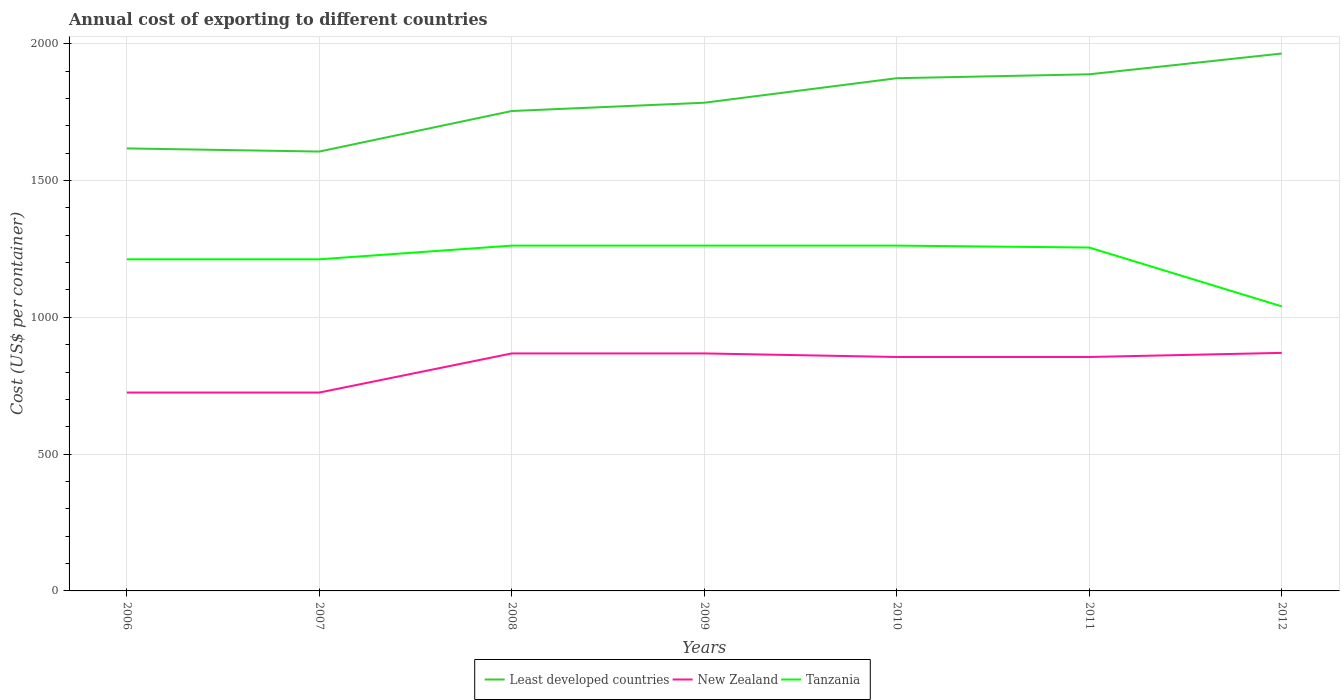
| Years | Least developed countries | New Zealand | Tanzania |
 | --- | --- | --- | --- |
 | 2006 | 1.62e+03 | 725 | 1.21e+03 |
 | 2007 | 1.61e+03 | 725 | 1.21e+03 |
 | 2008 | 1.75e+03 | 868 | 1.26e+03 |
 | 2009 | 1.78e+03 | 868 | 1.26e+03 |
 | 2010 | 1.87e+03 | 855 | 1.26e+03 |
 | 2011 | 1.89e+03 | 855 | 1.26e+03 |
 | 2012 | 1.96e+03 | 870 | 1.04e+03 |